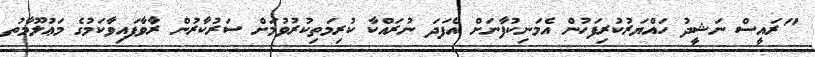
"ރައީސް ނަޝީދު ހައްޔަރުކުރިފަހުން އެމަނިކުފާނަށް އެފަދަ ނުރައްކާ ކުރިމަތިކުރުވުމަށް ސަރުކާރުން ރާވާފައިވާކަމުގެ މަޢުލޫމާތު